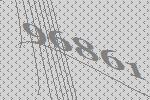
96861